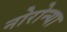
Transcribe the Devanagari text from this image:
नोरोन्या